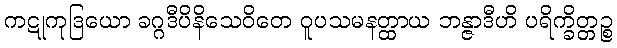
ကဋုကုဒြယော ခဂ္ဂဒီပိနိသေဝိတေ ဝူပသမနတ္ထာယ ဘန္ဇာဒီဟိ ပရိက္ခိတ္တဉ္စ